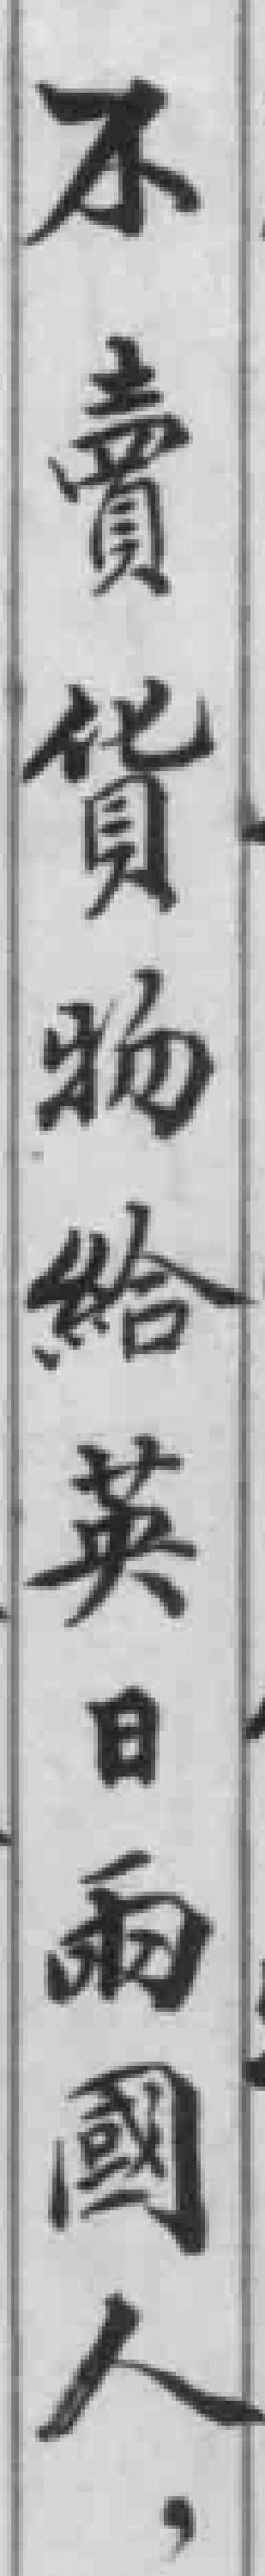
不賣货物給英日兩國人